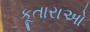
કૂતારાઓ